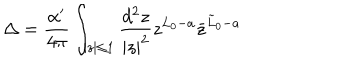
\Delta = { \frac { \alpha ^ { \prime } } { 4 \pi } } \int _ { | z | \leq 1 } { \frac { d ^ { 2 } z } { | z | ^ { 2 } } } z ^ { L _ { 0 } - a } \bar { z } ^ { \tilde { L } _ { 0 } - a }